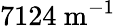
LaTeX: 7124~\mathrm{m}^{-1}